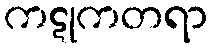
ကဋုကတရာ